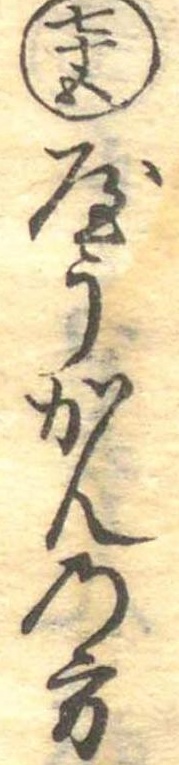
七十五やうかんの方